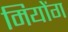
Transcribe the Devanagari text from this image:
मियोंग